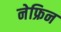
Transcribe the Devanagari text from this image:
नेफ्रिन